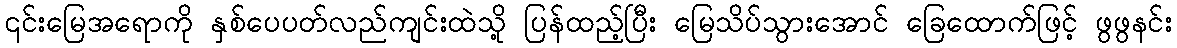
၎င်းမြေအရောကို နှစ်ပေပတ်လည်ကျင်းထဲသို့ ပြန်ထည့်ပြီး မြေသိပ်သွားအောင် ခြေထောက်ဖြင့် ဖွဖွနင်း